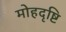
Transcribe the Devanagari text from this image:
मोहदृष्टि